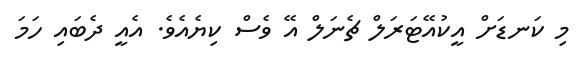
މި ކަނޑަށް އީކުއޭޓަރަލް ޗެނަލް އޭ ވެސް ކިޔެއެވެ. އެއީ ދެބައި ހަމަ